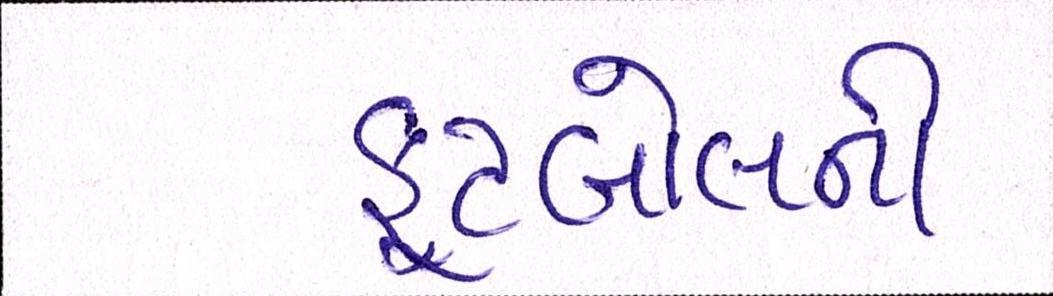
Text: ફૂટબોલની